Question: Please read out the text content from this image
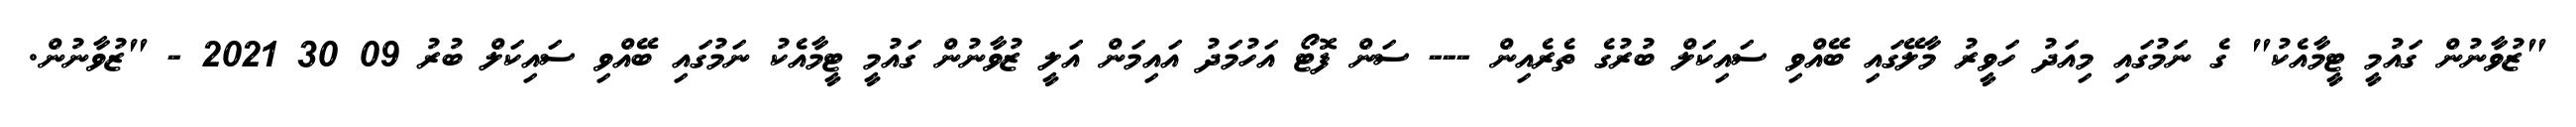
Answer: "ޒުވާނުން ގައުމީ ޓީމާއެކު" ގެ ނަމުގައި މިއަދު ހަވީރު މާލޭގައި ބޭއްވި ސައިކަލް ބުރުގެ ތެރެއިން --- ސަން ފޮޓޯ އަހުމަދު އައިމަން އަލީ ޒުވާނުން ގައުމީ ޓީމާއެކު ނަމުގައި ބޭއްވި ސައިކަލް ބުރު 09 30 2021 - "ޒުވާނުން.